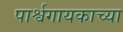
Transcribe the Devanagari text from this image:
पार्श्वगायकाच्या